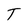
Character: T